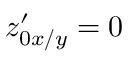
z _ { 0 x / y } ^ { \prime } = 0